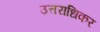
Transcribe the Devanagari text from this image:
उत्तराधिकर